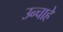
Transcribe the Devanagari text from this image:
उन्चाहे